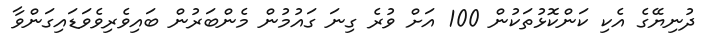
ދުނިޔޭގެ އެކި ކަންކޮޅުތަކުން 100 އަށް ވުރެ ގިނަ ގައުމުން މެންބަރުން ބައިވެރިވެވަޑައިގަންވާ